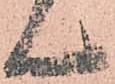
ん